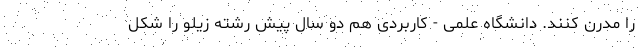
را مدرن کنند. دانشگاه علمی - کاربردی هم دو سال پیش رشته زیلو را شکل